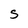
Character: S